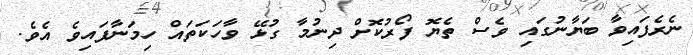
ނެރެފައިވާ ބަޔާނުގައި ވެސް ތެޔޮ ފޯރުކޮށް ދިނުމާ ގުޅޭ ވާހަކަތައް ހިމަނާފައިވެ އެވެ.